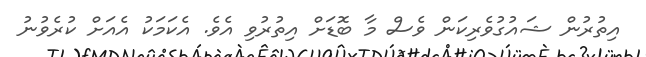
އިތުރުން ޝައުގުވެރިކަން ވެސް މާ ބޮޑަށް އިތުރުވި އެވެ. އެކަމަކު އެއަށް ކުރެވުނު